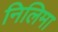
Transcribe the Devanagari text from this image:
निलिमा